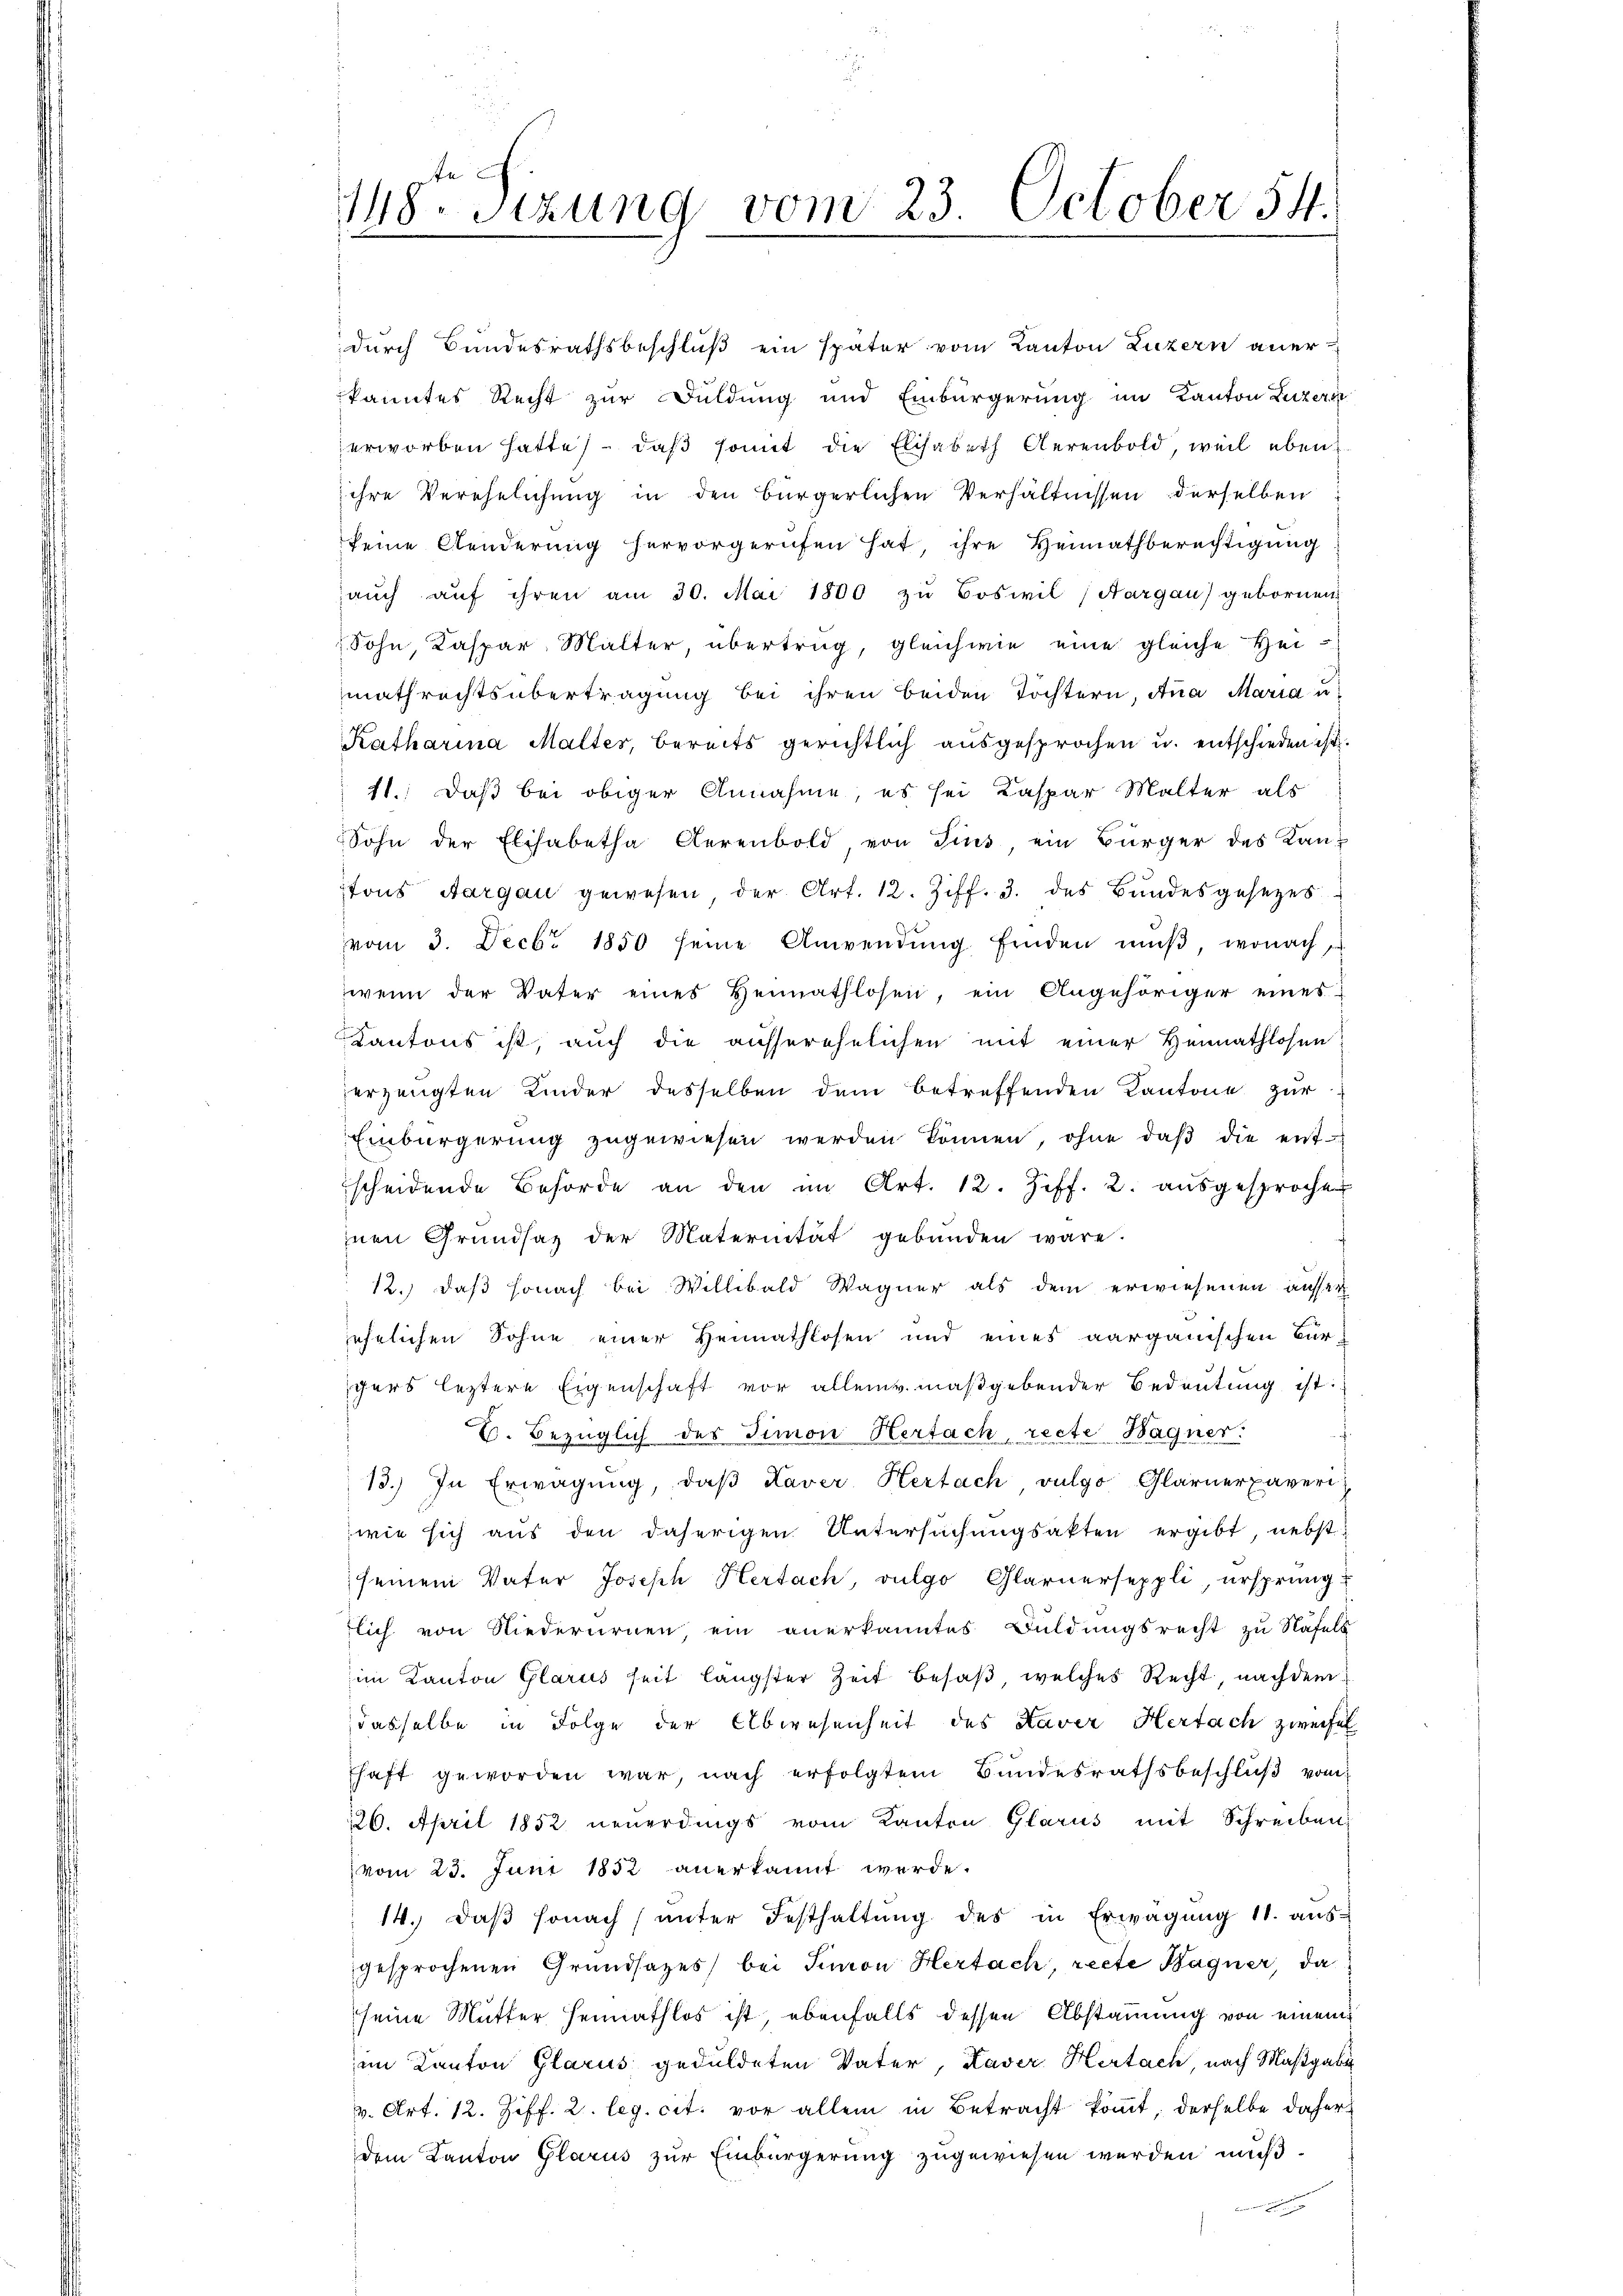
durch Bundesrathsbeschluß ein später vom Kanton Luzern aner
kanntes Recht zur Duldung und Einbürgerung im Kanton Luzern
erworben hatte, daβ somit die Elisabeth Aerenbold, weil ebeniihre Verehelichung in den bürgerlichen Verhältnissen derselben
keine Aenderung hervorgerufen hat ihre Heimathberechtigung
aŭch aŭf ihren am 30. Mai 1800 zu Boswil (Aargau gebornen
Sohn, Kaspar, Malter übertrug, gleichwie eine gleiche Hei-
mathrechtsübertragung bei ihren beiden Töchtern, Anna Maria u
Katharina Malter, bereits gerichtlich ausgesprochen u. entschieden ist.
11. Daß bei obiger Annahme, es sei Kaspar Malter als
Sohn der Elisabetha Gerenbold von Sins, ein Bürger des Kan-
tons Aargau gewesen der Art. 12. Ziff. 3. des Bundesgesezes
vom 3. Decbr 1850 seine Anwendŭng finden mŭβ, wonach,
wenn der Vater eines Heimathlosen, ein Angehöriger eines
Kantons ist, auch die ausserehelichen mit einer Heimathlosen
erzeugten Kinder desselben dem betreffenden Kantone zur
Einbürgerung zugewiesen werden können, ohne daβ die entscheidende Behörde an den im Art. 12. Ziff. 2. aŭsgesprochen
inen Grundsaz der Maternität gebunden wäre.
12.) daß sonach bei Willibald Wagner als dem erwiesenen ausser
ehelichen Sohne einer Heimathlosen und eines aarganischen Bürschers letztere Eigenschaft vor alleinv.maßgebender Bedeutung ist.
B. Bezüglich des Simon Hertach recte Wagner:
13.) In Erwägŭng, daβ Kaver Hertach vulgo Glarnerpaveri
wie sich aus den daherigen Untersuchungsakten ergibt, nebst
seinem Vater Joseph Hertach, vulgo Glarnerseppli, ursprung
lich von Niederurnen, ein anerkanntes Buldungsrecht zu Näfels
im Kanton Glarus seit längster Zeit besaß, welches Recht, nachdem
dasselbe in Folge der Abwesenheit des Kaver Hertach zweifel
haft geworden war, nach erfolgtem Bŭndesrathsbeschlŭβ vom
126. April 1852 neuerdings vom Kanton Glarus mit Schreiben,
vom 23. Juni 1832 anerkannt werde.
14. daβ sonach unter Festhaltŭng des in Erwägung 11. ausgesprochenen Grundsatzes bei Simon Hertach, recte Bagner, da
seine Mutter Heimathlos ist, ebenfalls dessen Abstammung von einem
im Kanton Glarus geduldeten Vater, Kaver Hertach nach Maßgabe
v. Art. 12. Ziff. 2. leg. cit. vor allem in Betracht kommt, derselbe daher
dem Kanton Glarus zur Einbürgerung zugewiesen werden muß.

148ten Sizung vom 23. October 54.